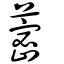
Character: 蔤